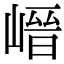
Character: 𡺽